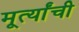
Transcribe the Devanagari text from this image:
मूर्त्यांची